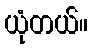
ယုံတယ်။